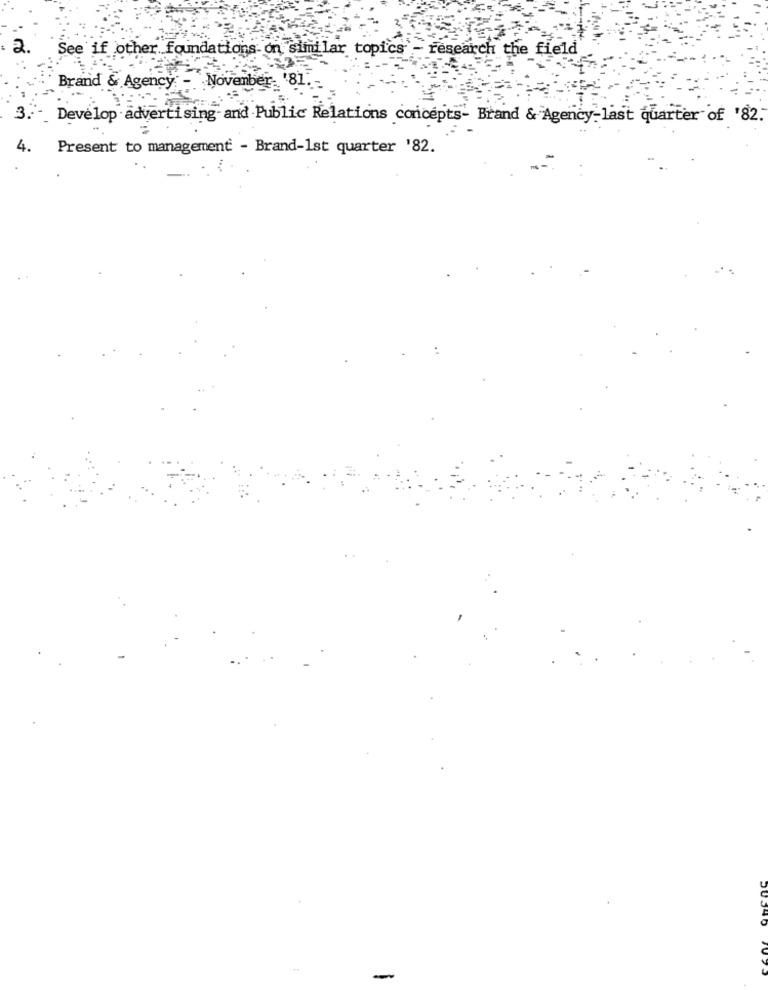
2.
See if other foundations on similar topics - research the field
Brand & Agency - November '81
3. - Develop advertising-and Public Relations concepts- Brand & Agency-last quarter of '82.
4.
Present to management - Brand-1st quarter '82.
-